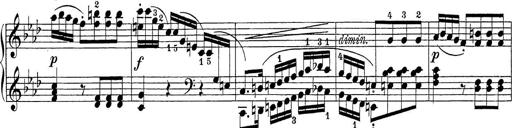
Title: Sonatina Album
Composer: Louis KÃ¶hler